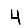
Digit: 4